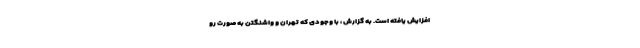
افزایش یافته است. به گزارش ، با وجودی که تهران و واشنگتن به صورت رو